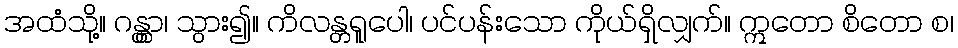
အထံသို့။ ဂန္တွာ၊ သွား၍။ ကိလန္တရူပေါ၊ ပင်ပန်းသော ကိုယ်ရှိလျှက်။ ဣတော စိတော စ၊